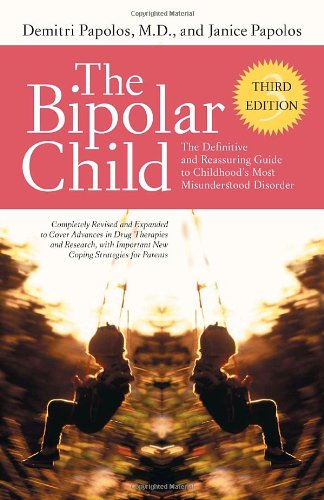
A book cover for The Bipolar Child: The Definitive and Reassuring Guide to Childhood's Most Misunderstood Disorder, Third Edition; Demitri Papolos; Health, Fitness & Dieting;